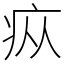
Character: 疭